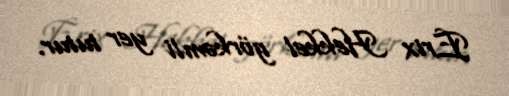
Erix Hekkel görkəmli yer tutur.